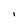
Character: I